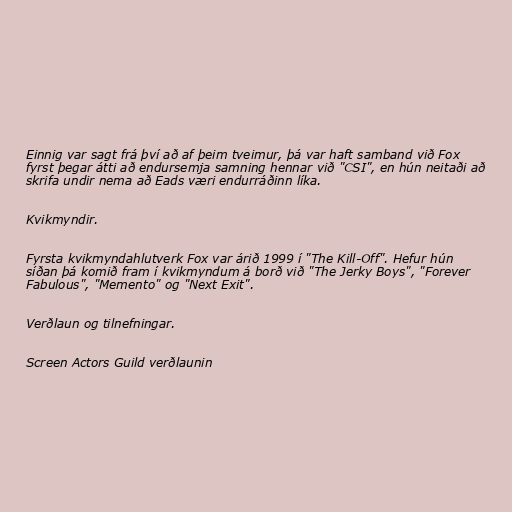
Einnig var sagt frá því að af þeim tveimur, þá var haft samband við Fox
fyrst þegar átti að endursemja samning hennar við "CSI", en hún neitaði að
skrifa undir nema að Eads væri endurráðinn líka.

Kvikmyndir.

Fyrsta kvikmyndahlutverk Fox var árið 1999 í "The Kill-Off". Hefur hún
síðan þá komið fram í kvikmyndum á borð við "The Jerky Boys", "Forever
Fabulous", "Memento" og "Next Exit".

Verðlaun og tilnefningar.

Screen Actors Guild verðlaunin